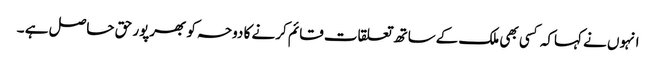
انہوں نے کہاکہ کسی بھی ملک کےساتھ تعلقات قائم کرنے کا دوحہ کو بھرپور حق حاصل ہے ۔